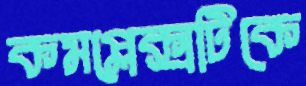
কমপ্লেক্সটিকে